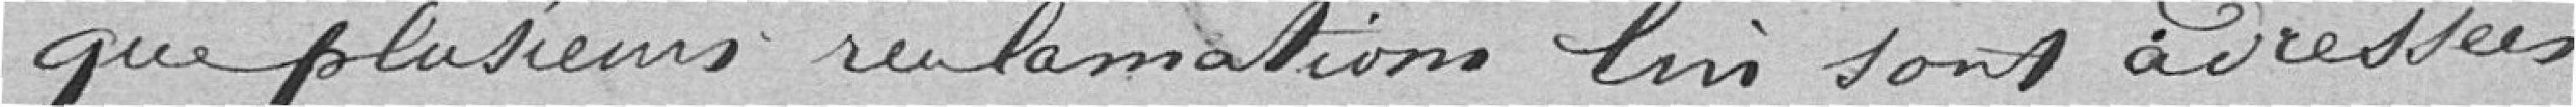
que plusieurs réclamations lui sont adressées